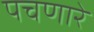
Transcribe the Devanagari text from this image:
पचणारे